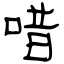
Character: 唶